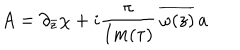
LaTeX: A = \partial _ { \bar { z } } \chi + i { \frac { \pi } { I m ( \tau ) } } \, \overline { { { \omega ( z ) } } } \, a